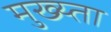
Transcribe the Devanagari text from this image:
मुख्य्ता